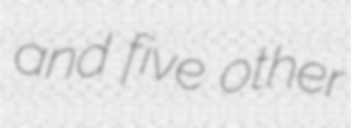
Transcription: and five other